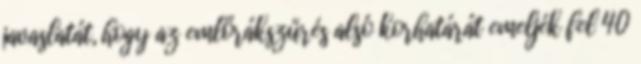
javaslatát, hogy az emlőrákszűrés alsó korhatárát emeljék fel 40